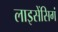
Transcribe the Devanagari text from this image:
लाइसेंसिगं